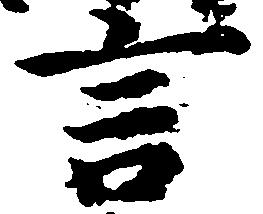
言